Trukikaitis_Postimees, lk 73
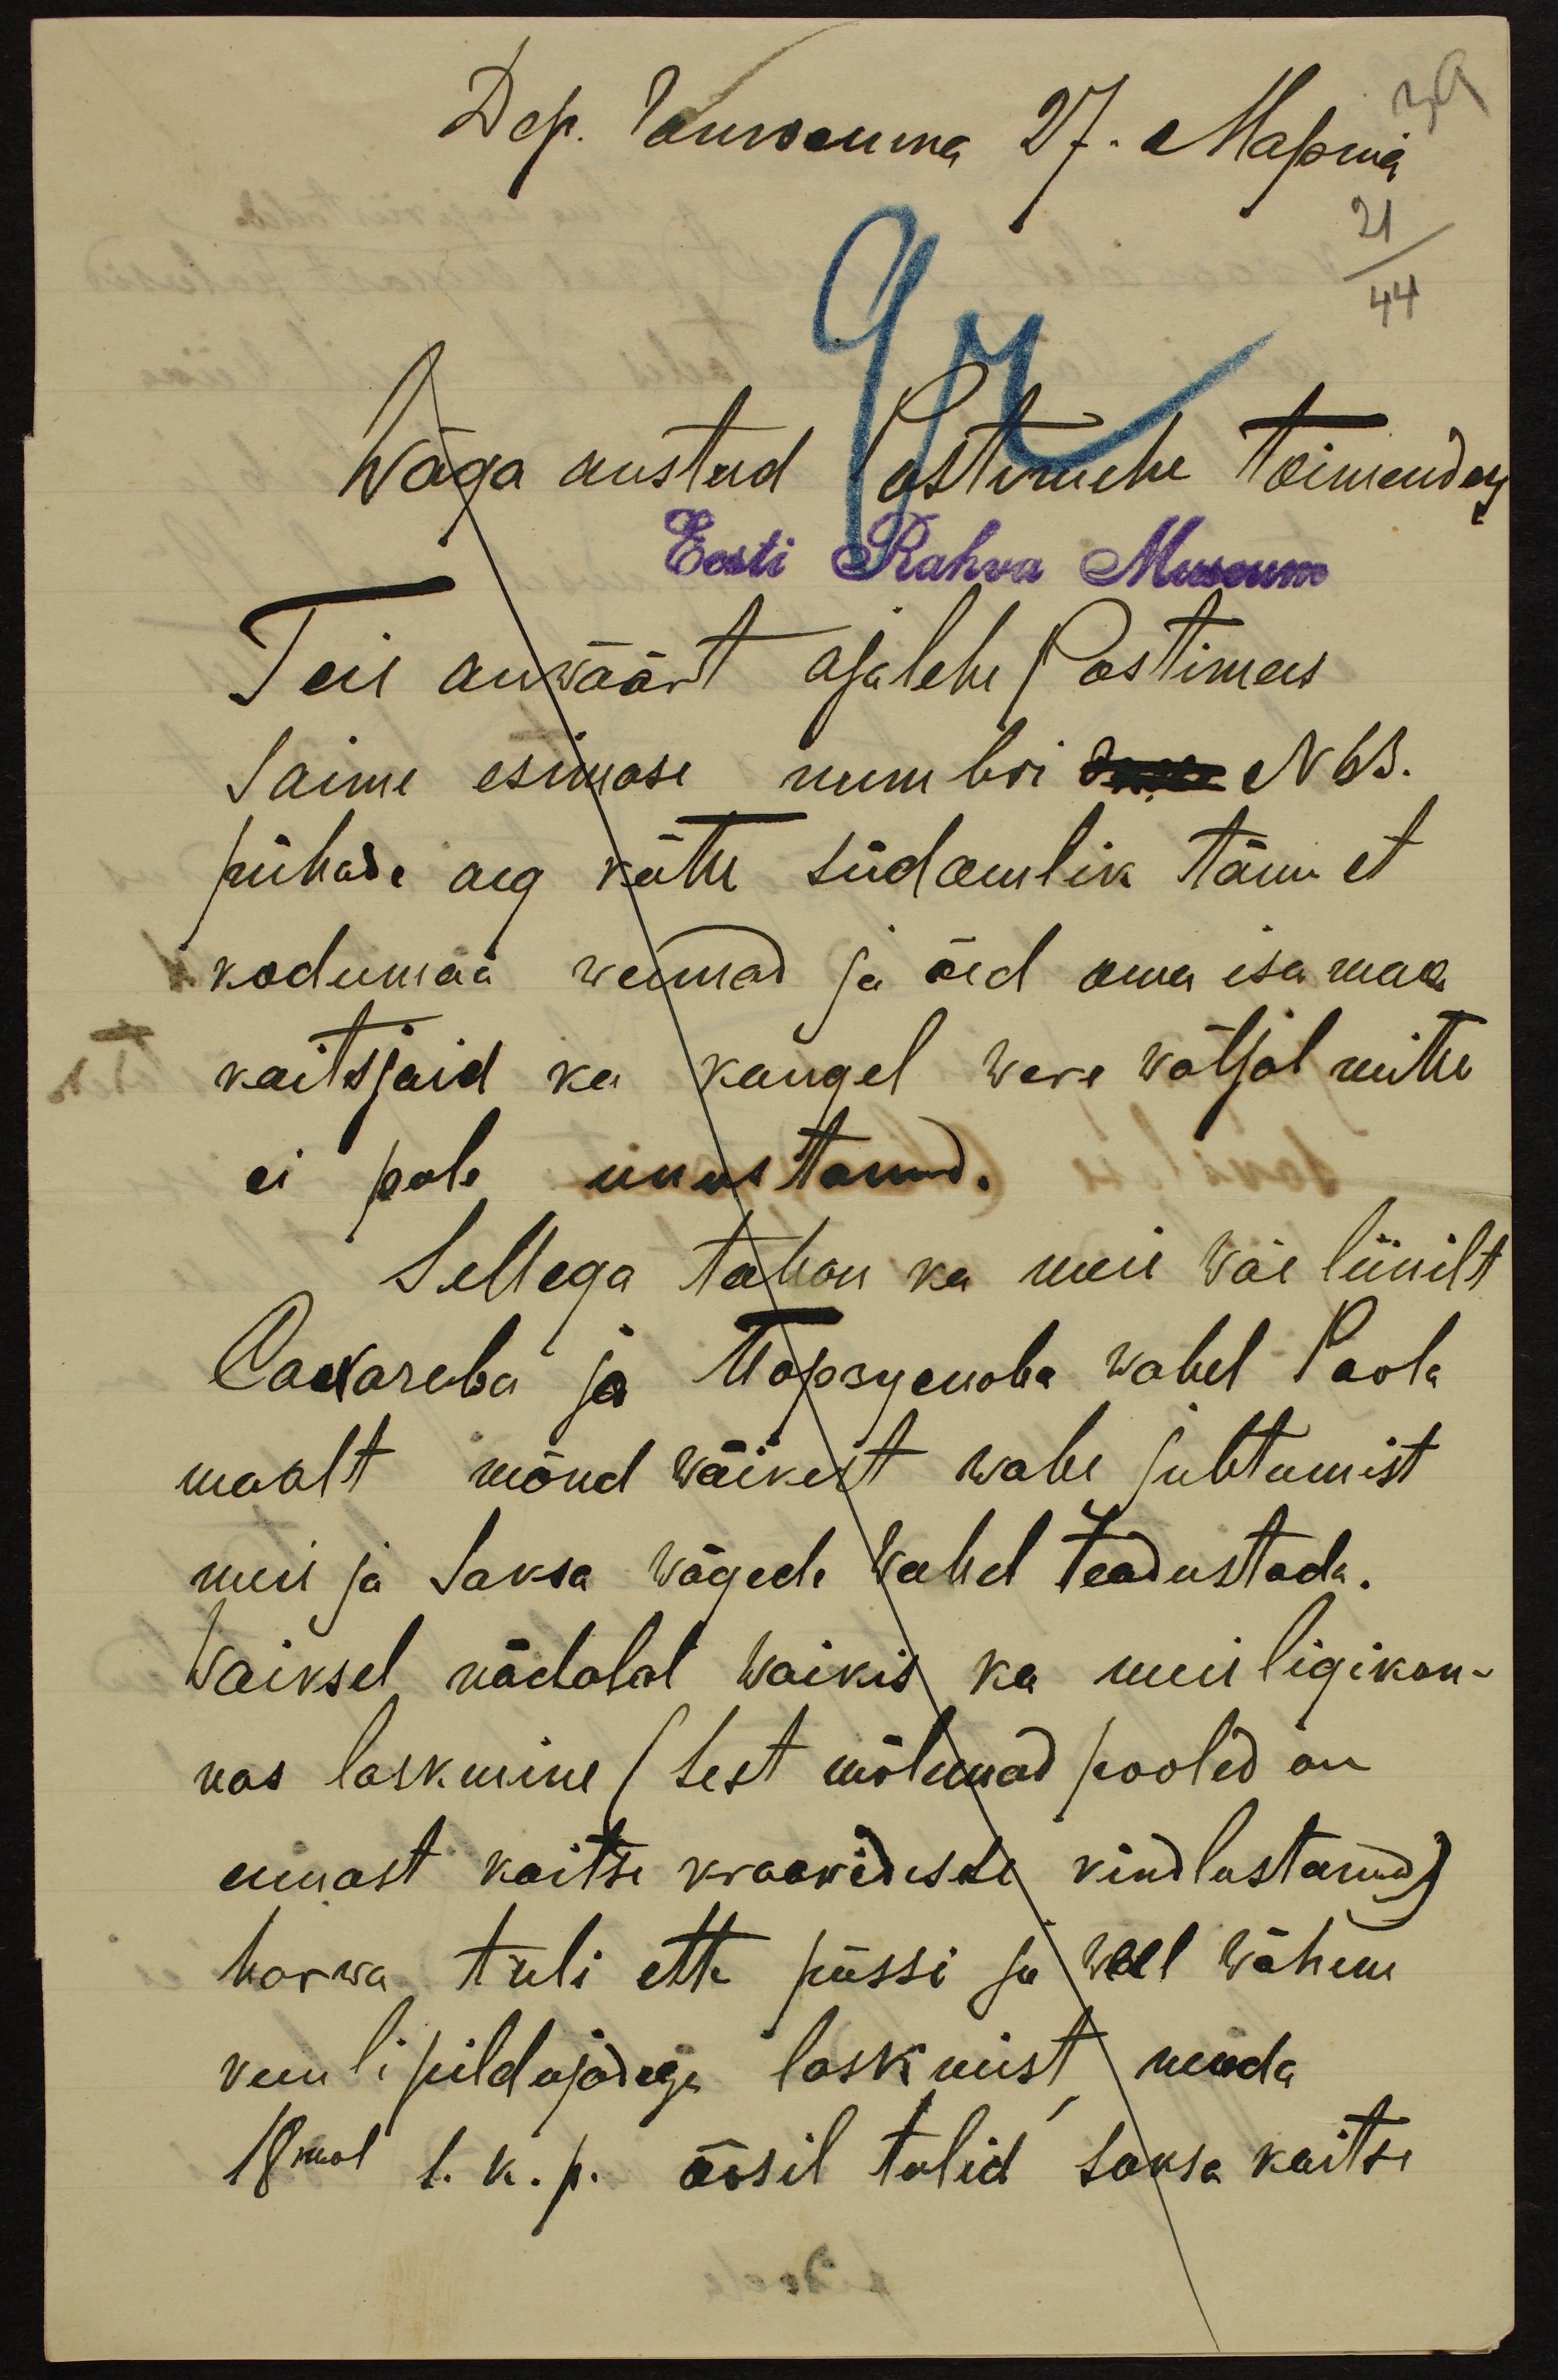
39
21
44
Wäga austud Postimehe toimendus
Eesti Rahva Museum
Teie auwäärt ajalehe Postimees
Saime esimase numbri dma N 63.
pühade aeg kätte südamlik tänu et
kodumaa wennad ja õed oma isa maa
kaitsjaid ka kaugel were wäljal mitte
ei pole unustanud.
Sellega tahan ka meie wäe liinilt
Сахачева ja Порзумова wahel Poola
maalt mõnd wäikest wahe juhtumist
meie ja Saksa wägede wahel teadustada.
Waiksel nädalal waikis ka meie ligikon-
nas laskmine (sest mõlemad pooled on
ennast kaitse kraawidesse kindlustanud)
harwa tuli ette püssi ja weel wähem
kuulipildujadega laskmist, nenda
18mal s. k. p. öösil tulid saksa kaitse